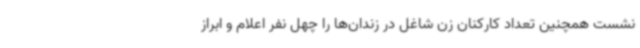
نشست همچنین تعداد کارکنان زن شاغل در زندان‌ها را چهل نفر اعلام و ابراز